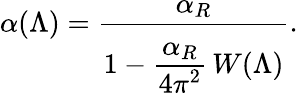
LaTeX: \alpha(\Lambda)={\frac{\alpha_{R}}{1-{\frac{\textstyle\strut\alpha_{R}}{\textstyle\strut 4\pi^{2}}}\, W(\Lambda)}}.